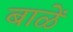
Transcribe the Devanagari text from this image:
बाळें